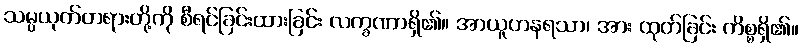
သမ္ပယုတ်တရားတို့ကို စီရင်ခြင်းထားခြင်း လက္ခဏာရှိ၏။ အာယူဟနရသာ၊ အား ထုတ်ခြင်း ကိစ္စရှိ၏။